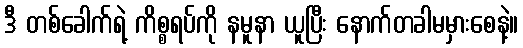
ဒီ တစ်ခေါက်ရဲ့ ကိစ္စရပ်ကို နမူနာ ယူပြီး နောက်တခါမမှားစေနဲ့။